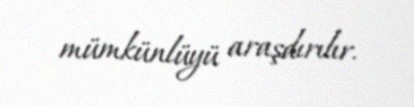
mümkünlüyü araşdırılır.